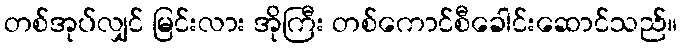
တစ်အုပ်လျှင် မြင်းလား အိုကြီး တစ်ကောင်စီခေါင်းဆောင်သည်။